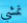
نمشي